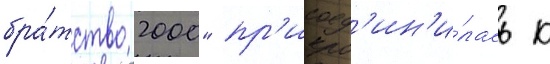
бра́тство 2000" пр'исоед'ин'и́лась к